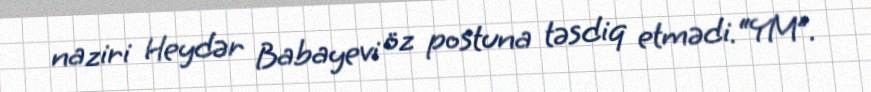
naziri Heydər Babayevi öz postuna təsdiq etmədi.“YM”.